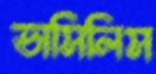
ভাসিলিস